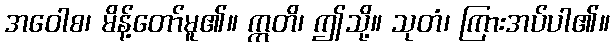
အဝေါစ၊ မိန့်တော်မူ၏။ ဣတိ၊ ဤသို့။ သုတံ၊ ကြားအပ်ပါ၏။